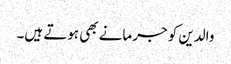
والدین کو جرمانے بھی ہوتے ہیں۔